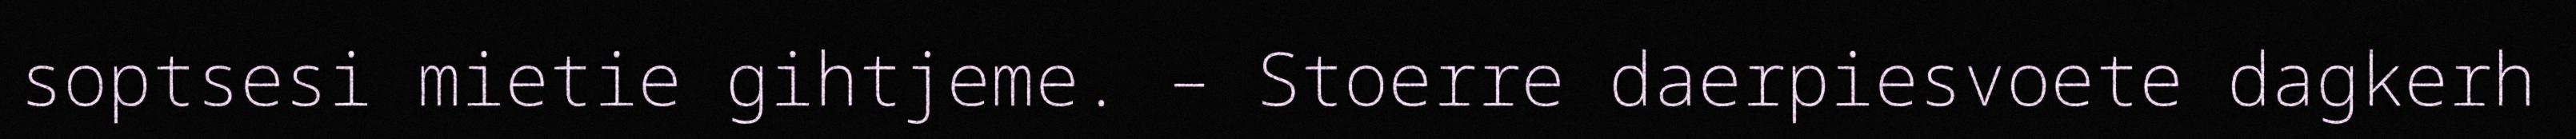
soptsesi mietie gihtjeme. – Stoerre daerpiesvoete dagkerh